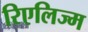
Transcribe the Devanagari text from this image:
रिएलिज्म